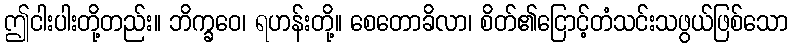
ဤငါးပါးတို့တည်း။ ဘိက္ခဝေ၊ ရဟန်းတို့။ စေတောခိလာ၊ စိတ်၏ငြောင့်တံသင်းသဖွယ်ဖြစ်သော